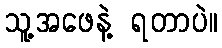
သူ့အဖေနဲ့ ရတာပဲ။